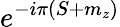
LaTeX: e^{-i\pi(S+m_{z})}